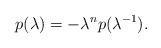
LaTeX: \begin{align*} p (\lambda) = -\lambda^n p (\lambda^{-1}).\end{align*}